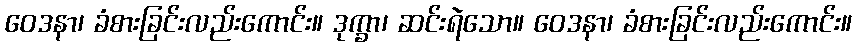
ဝေဒနာ၊ ခံစားခြင်းလည်းကောင်း။ ဒုက္ခာ၊ ဆင်းရဲသော။ ဝေဒနာ၊ ခံစားခြင်းလည်းကောင်း။